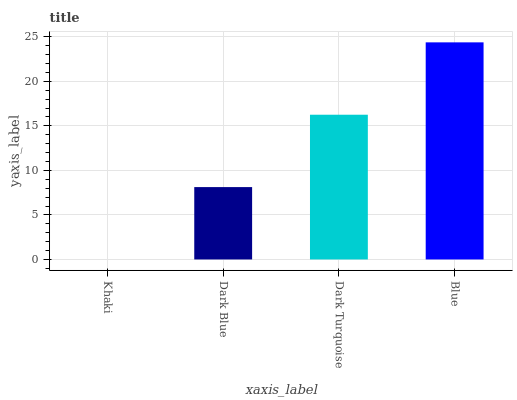
| xaxis_label | bars |
 | --- | --- |
 | Khaki | 0 |
 | Dark Blue | 8.12 |
 | Dark Turquoise | 16.2 |
 | Blue | 24.4 |